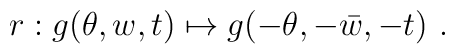
r: g(\theta,w,t) \mapsto g(-\theta, - \bar w, -t)~.